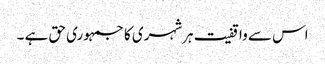
اس سے واقفیت ہرشہری کا جمہوری حق ہے ۔